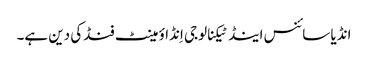
انڈیا سائنس اینڈ ٹیکنالوجی اِنڈاؤمینٹ فنڈکی دین ہے۔